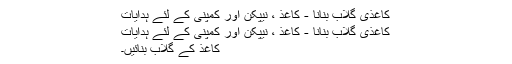
کاغذی گلاب بنانا - کاغذ ، نیپکن اور کمپنی کے لئے ہدایات
کاغذی گلاب بنانا - کاغذ ، نیپکن اور کمپنی کے لئے ہدایات
کاغذ کے گلاب بنائیں۔